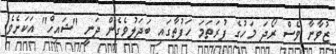
ޒުވާނާ ވެސް ރޯދަ މަހުގެ ފުރަތަމަ ހަފުތާގައި ބަދަލުވެގެން ދަނީ "ޝައިހް" އަކަށެވެ.